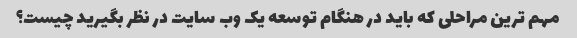
مهم ترین مراحلی که باید در هنگام توسعه یک وب سایت در نظر بگیرید چیست؟